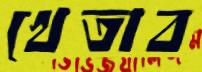
খেতাব